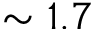
\sim 1 . 7